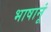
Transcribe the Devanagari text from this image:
भाषानूं